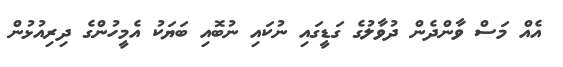
އެއް މަސް ވާންދެން ދުވާލުގެ ގަޑީގައި ނުކައި ނުބޮއި ބަޔަކު އެމީހުންގެ ދިރިއުޅުން